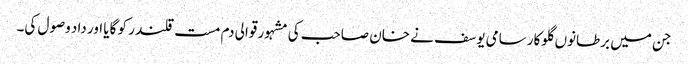
جن میں برطانوں گلوکار سامی یوسف نے خان صاحب کی مشہور قوالی دم مست قلندر کو گایا اور داد وصول کی۔